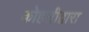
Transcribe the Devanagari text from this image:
कोहलीद्वारा